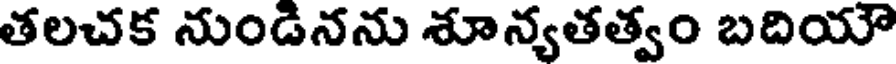
తలచక నుండినను శూన్యతత్వం బదియౌ